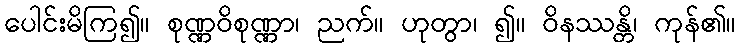
ပေါင်းမိကြ၍။ စုဏ္ဏဝိစုဏ္ဏာ၊ ညက်။ ဟုတွာ၊ ၍။ ဝိနဿန္တိ၊ ကုန်၏။